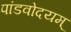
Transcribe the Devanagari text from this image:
पांडवोदयम्